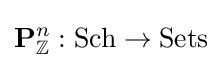
\mathbf {P} _{\mathbb {Z} }^{n}:{\text{Sch}}\to {\text{Sets}}